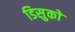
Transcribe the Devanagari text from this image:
डिसुको